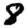
Digit: 8